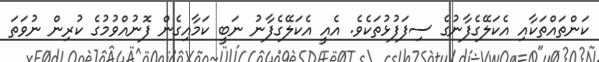
ކަންތައްތަކާއި އެކަލޭގެފާނުގެ ސިފަފުޅުތަކެވެ. އެއީ އެކަލޭގެފާނު ނަބީ ކަމާއިގެން ފޮނުއްވުމުގެ ކުރިން ނުވަތަ